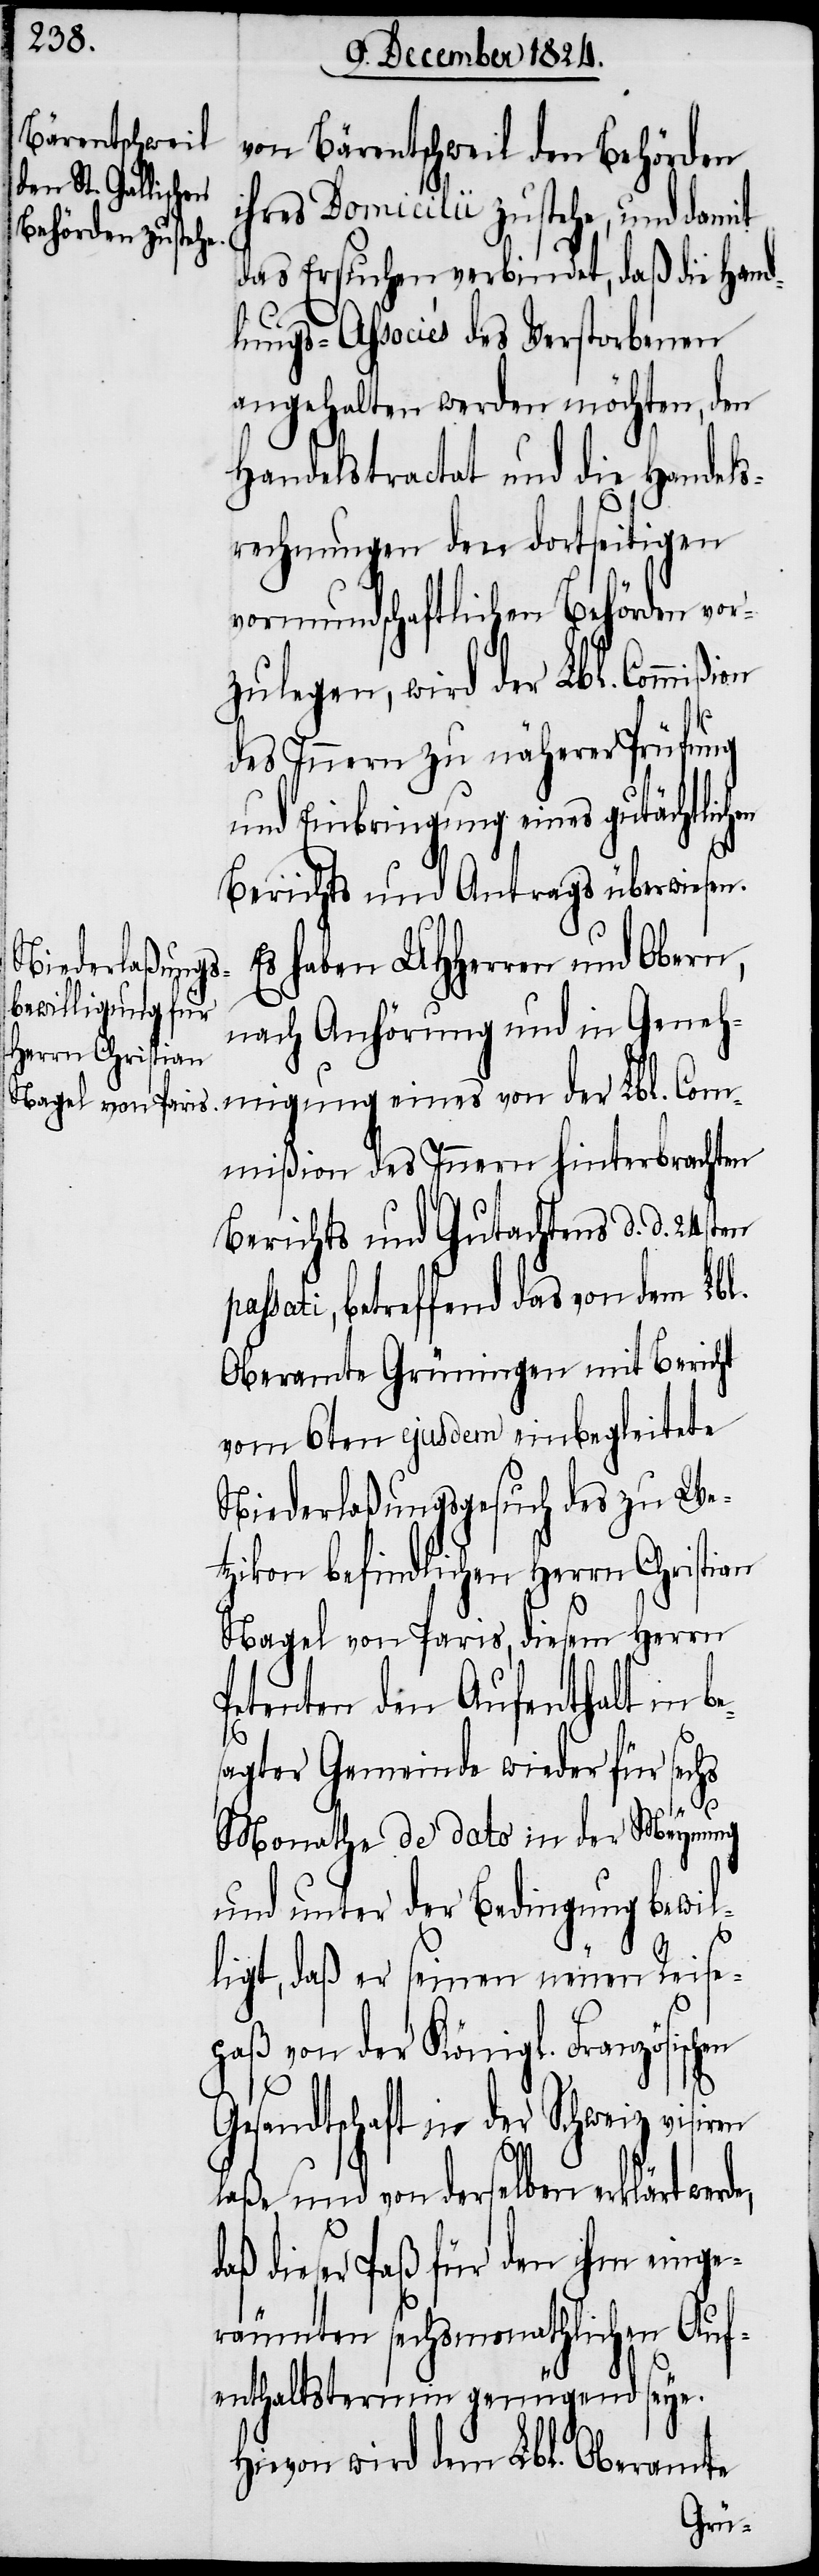
von Bärentschweil den Behörden
ihres Domicilii zustehe, und damit
das Ersuchen verbindet, daß die Hand¬
lungs-Associés des Verstorbenen
angehalten werden möchten, den
Handelstractat und die Handels¬
rechnungen den dortseitigen
vormundschaftlichen Behörden vor¬
zulegen, wird der Lbl. Commi¬
des Innern zu näherer Prüfung
und Einbringung eines gutächtlic¬
Berichts und Antrags überwiesen.
Es haben UHHerren und Obern,
nach Anhörung und in Geneh¬
migung eines von der Lbl. Com¬
mißion des Innern hinterbrachten
Berichts und Gutachtens d. d. 24sten
assati, betreffend das von dem Lbl.
Oberamte Grüningen mit Bericht
vom 6ten ejusdem einbegleitete
Niederlaßungsgesuch des zu We¬
tzikon befindlichen Herrn Christian
Nagel von Paris, diesem Herrn
Petenten den Aufenthalt in
sagter Gemeinde wieder für sechs
be¬
d¬
Monathe de dato in der Meynung
und unter der Bedingung bewil¬
ligt, daß er seinen neuen Reise¬
paß von der Königl. Französischen
ßion
hen
Gesandtschaft in der Schweiz visiren
laße und von derselben erklärt
aß dieser Paß für den ihm einge¬
räumten sechsmonathlichen Auf¬
enthaltstermin genügen seye.
Hievon wird dem Lbl. Oberamte